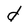
Character: d